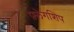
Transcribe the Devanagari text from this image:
फ़्लेगशिप